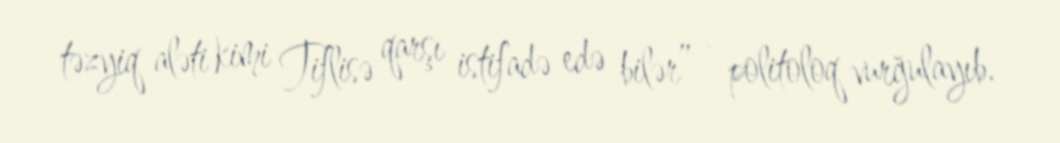
təzyiq aləti kimi Tiflisə qarşı istifadə edə bilər” - politoloq vurğulayıb.